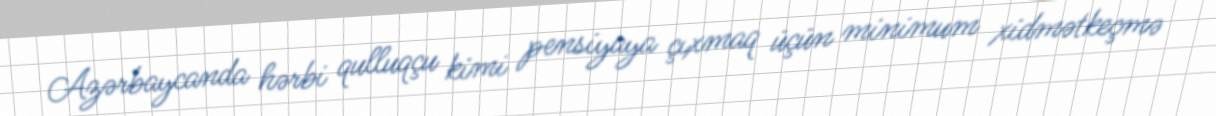
Azərbaycanda hərbi qulluqçu kimi pensiyaya çıxmaq üçün minimum xidmətkeçmə